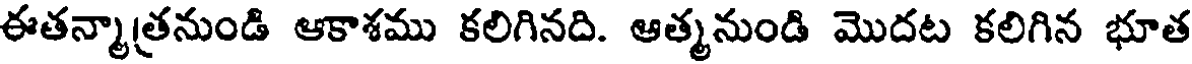
ఈతన్మాత్రనుండి ఆకాశము కలిగినది. ఆత్మనుండి మొదట కలిగిన భూత